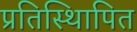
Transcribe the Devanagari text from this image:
प्रतिस्थिापित